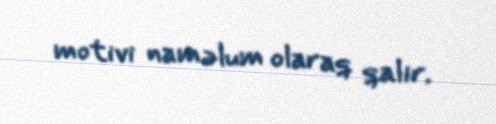
motivi naməlum olaraq qalır.